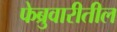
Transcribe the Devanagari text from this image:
फेब्रुवारीतील